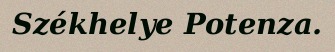
Székhelye Potenza.